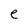
Character: e